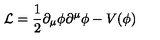
\mathcal { L } = \frac { 1 } { 2 } \partial _ { \mu } \phi \partial ^ { \mu } \phi - V ( \phi )